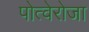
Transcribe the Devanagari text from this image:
पोत्वेरोजा